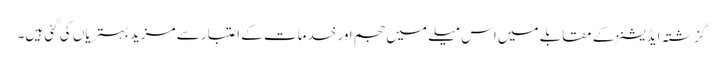
گزشتہ ایڈیشنز کے مقابلے میں اس میلے میں حجم اور خدمات کے اعتبار سے مزید بہتریاں کی گئی ہیں۔